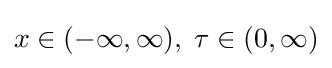
x\in (-\infty ,\infty )\,\!,\;\tau \in (0,\infty )